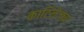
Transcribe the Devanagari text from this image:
कार्टिलेजच्या